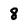
Character: 8